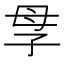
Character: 𡥘